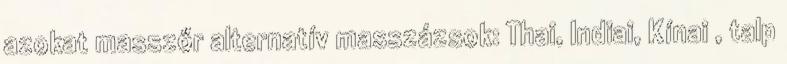
azokat masszőr alternatív masszázsok: Thai, Indiai, Kínai , talp